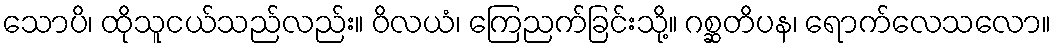
သောပိ၊ ထိုသူငယ်သည်လည်း။ ဝိလယံ၊ ကြေညက်ခြင်းသို့။ ဂစ္ဆတိပန၊ ရောက်လေသလော။